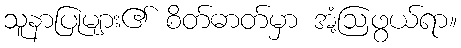
သူနာပြုများ၏ စိတ်ဓာတ်မှာ အံ့ဩဖွယ်ရာ။